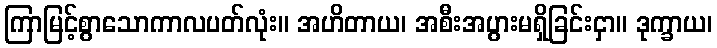
ကြာမြင့်စွာသောကာလပတ်လုံး။ အဟိတာယ၊ အစီးအပွားမရှိခြင်းငှာ။ ဒုက္ခာယ၊